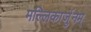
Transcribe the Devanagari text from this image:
मल्लिकार्जुनम्